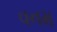
વનમ